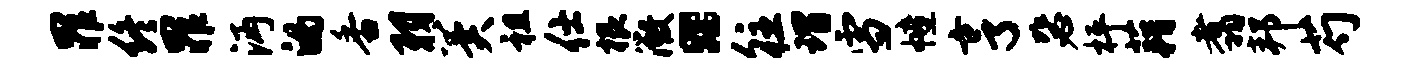
罪终罪沔的香羽冀祖仕根微。往瑁雪幢亨毖枰藉翥邦芍